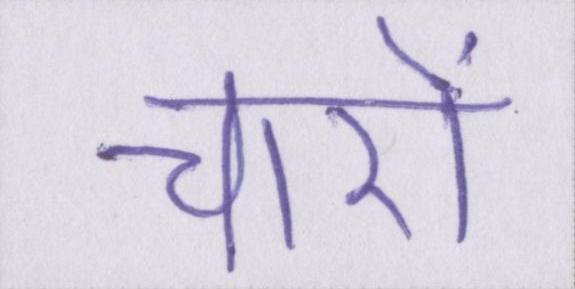
चारो